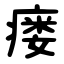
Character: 瘘